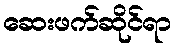
ဆေးဖက်ဆိုင်ရာ